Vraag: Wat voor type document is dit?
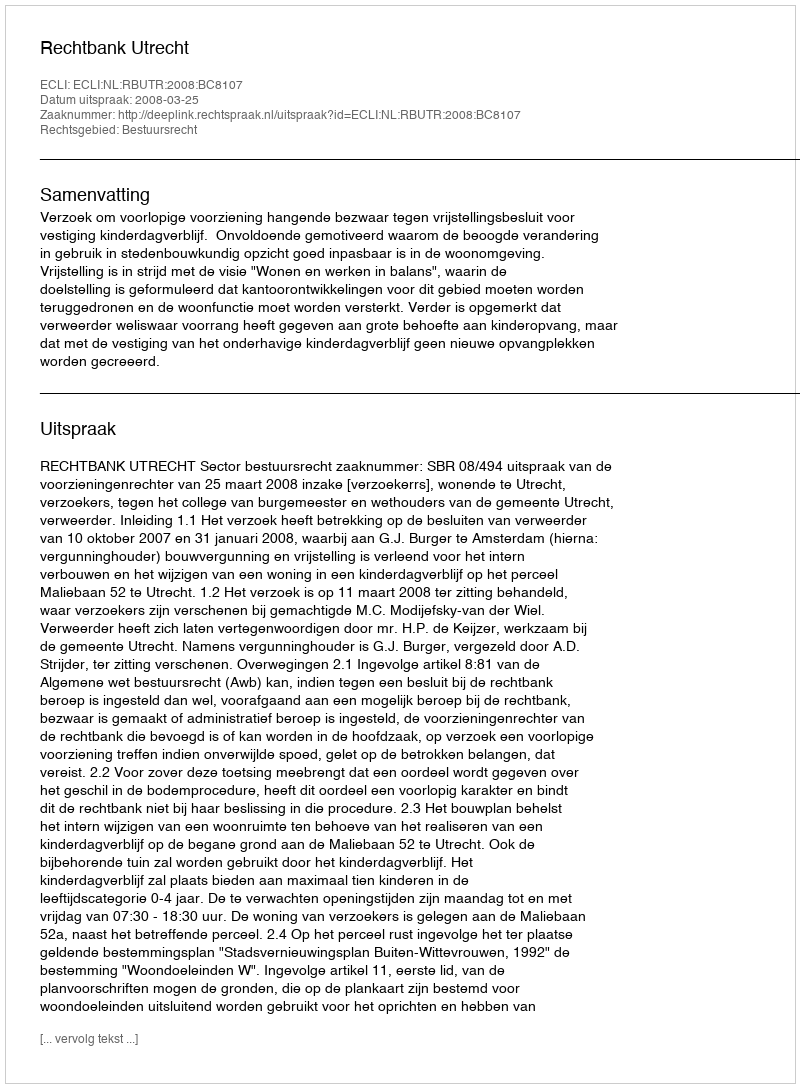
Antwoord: Uitspraak